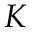
K